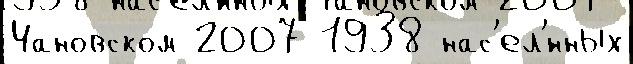
Чановском 2007 1938 нас'ел'́нных